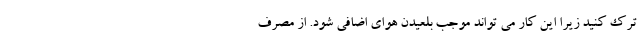
ترک کنید زیرا این کار می تواند موجب بلعیدن هوای اضافی شود. از مصرف